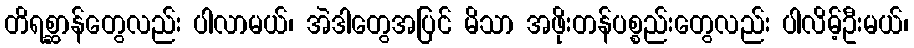
တိရစ္ဆာန်တွေလည်း ပါလာမယ်၊ အဲဒါတွေအပြင် မိသာ အဖိုးတန်ပစ္စည်းတွေလည်း ပါလိမ့်ဦးမယ်၊